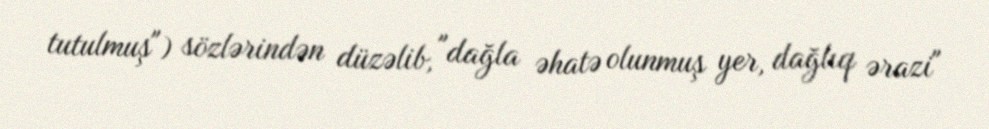
tutulmuş") sözlərindən düzəlib, "dağla əhatə olunmuş yer, dağlıq ərazi"